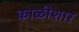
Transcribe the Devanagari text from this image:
काळीशार